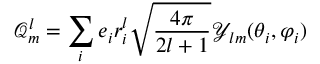
\mathcal { Q } _ { m } ^ { l } = \sum _ { i } e _ { i } r _ { i } ^ { l } \sqrt { \frac { 4 \pi } { 2 l + 1 } } \mathcal { Y } _ { l m } ( \theta _ { i } , \varphi _ { i } )